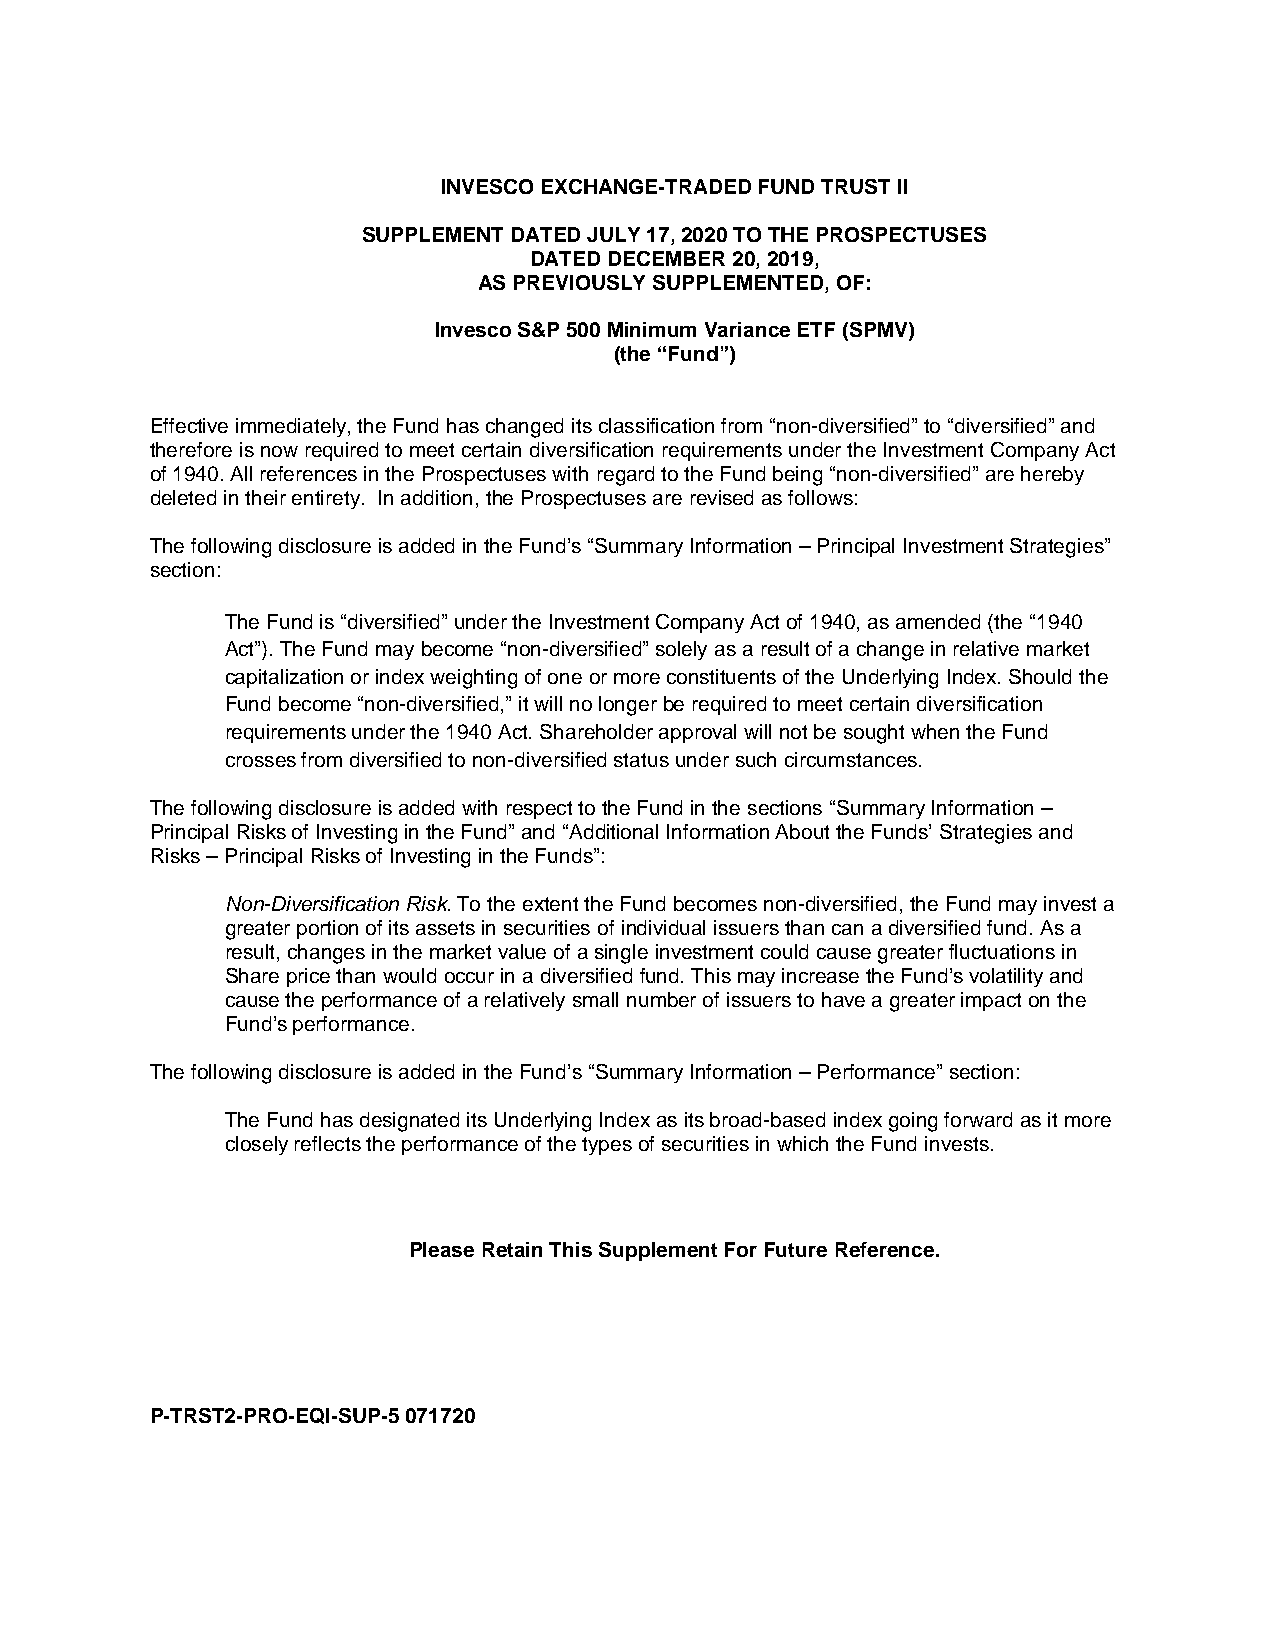
INVESCO EXCHANGE-TRADED FUND TRUST II
 SUPPLEMENT DATED JULY 17, 2020 TO THE PROSPECTUSES
 DATED DECEMBER 20, 2019,
 AS PREVIOUSLY SUPPLEMENTED, OF:
 Invesco S&P 500 Minimum Variance ETF (SPMV)
 (the “Fund”)
 Effective immediately, the Fund has changed its classification from “non-diversified” to “diversified” and
 therefore is now required to meet certain diversification requirements under the Investment Company Act
 of 1940. All references in the Prospectuses with regard to the Fund being “non-diversified” are hereby
 deleted in their entirety. In addition, the Prospectuses are revised as follows:
 The following disclosure is added in the Fund’s “Summary Information – Principal Investment Strategies”
 section:
 The Fund is “diversified” under the Investment Company Act of 1940, as amended (the “1940
 Act”). The Fund may become “non-diversified” solely as a result of a change in relative market
 capitalization or index weighting of one or more constituents of the Underlying Index. Should the
 Fund become “non-diversified,” it will no longer be required to meet certain diversification
 requirements under the 1940 Act. Shareholder approval will not be sought when the Fund
 crosses from diversified to non-diversified status under such circumstances.
 The following disclosure is added with respect to the Fund in the sections “Summary Information –
 Principal Risks of Investing in the Fund” and “Additional Information About the Funds’ Strategies and
 Risks – Principal Risks of Investing in the Funds”:
 Non-Diversification Risk. To the extent the Fund becomes non-diversified, the Fund may invest a
 greater portion of its assets in securities of individual issuers than can a diversified fund. As a
 result, changes in the market value of a single investment could cause greater fluctuations in
 Share price than would occur in a diversified fund. This may increase the Fund’s volatility and
 cause the performance of a relatively small number of issuers to have a greater impact on the
 Fund’s performance.
 The following disclosure is added in the Fund’s “Summary Information – Performance” section:
 The Fund has designated its Underlying Index as its broad-based index going forward as it more
 closely reflects the performance of the types of securities in which the Fund invests.
 Please Retain This Supplement For Future Reference.
 P-TRST2-PRO-EQI-SUP-5 071720